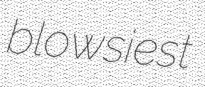
blowsiest